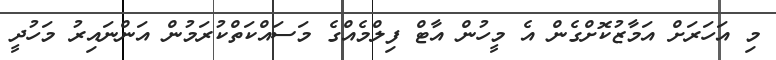
މި އަހަރަށް އަމާޒުކޮށްގެން އެ މީހުން އާޓް ފިލްމެއްގެ މަސައްކަތްކުރަމުން އަންނައިރު މަހުދީ